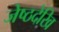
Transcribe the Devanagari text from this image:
जेष्ठदेखि